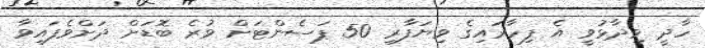
ހާދީ ވިދާޅުވީ އެ ފިހާރައިގެ ވިޔަފާރި 50 ޕަސެންޓަށް ވުރެ ބޮޑަށް ދަށްވެފައިވާ